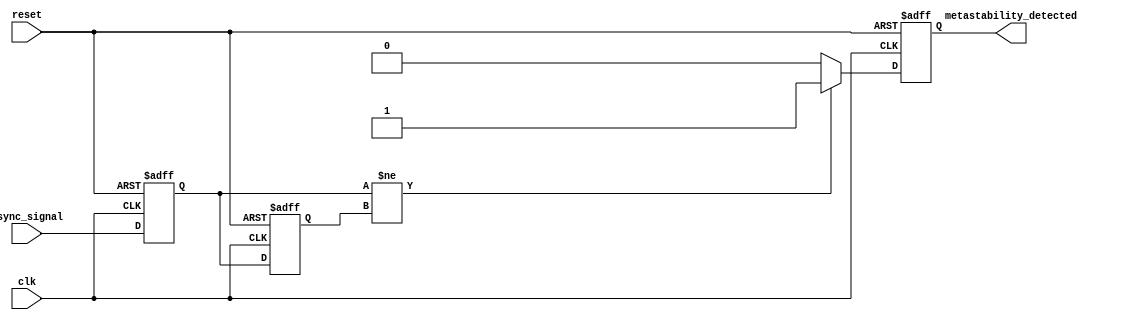
module metastability_detector (
    input wire clk,                // Clock input
    input wire reset,              // Reset input
    input wire async_signal,       // Asynchronous input signal
    output reg metastability_detected // Output signal indicating metastability
);

    // Internal signals for flip-flop outputs
    reg ff1_out, ff2_out;

    // Flip-flops to sample the asynchronous signal
    always @(posedge clk or posedge reset) begin
        if (reset) begin
            ff1_out <= 1'b0; // Reset the first flip-flop
        end else begin
            ff1_out <= async_signal; // Sample the asynchronous signal
        end
    end

    always @(posedge clk or posedge reset) begin
        if (reset) begin
            ff2_out <= 1'b0; // Reset the second flip-flop
        end else begin
            ff2_out <= ff1_out; // Sample the output of the first flip-flop
        end
    end

    // Metastability detection logic
    always @(posedge clk or posedge reset) begin
        if (reset) begin
            metastability_detected <= 1'b0; // Reset the detection signal
        end else begin
            // Check if the outputs of the flip-flops are different
            if (ff1_out != ff2_out) begin
                metastability_detected <= 1'b1; // Metastability detected
            end else begin
                metastability_detected <= 1'b0; // No metastability
            end
        end
    end

endmodule